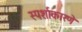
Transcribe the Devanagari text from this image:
स्पर्शाकारणे